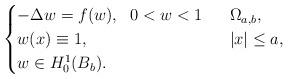
LaTeX: \begin{align*}\begin{cases}-\Delta w=f(w),\ \ 0< w < 1&\ \ \Omega_{a, b},\\ w(x)\equiv 1,\ \ &\ \ |x|\le a,\\ w\in H^1_0(B_b).\end{cases}\end{align*}